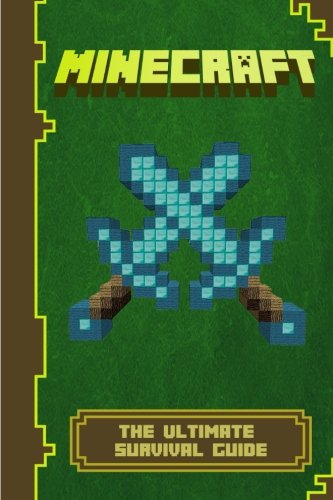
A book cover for Minecraft: The Ultimate Survival Handbook (Minecraft Diary); Minecrafty Guy; Humor & Entertainment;